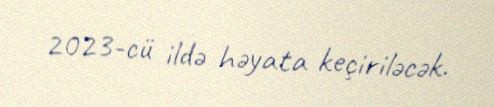
2023-cü ildə həyata keçiriləcək.